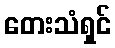
တေးသံရှင်